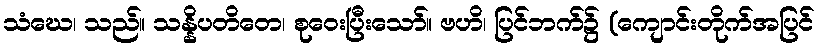
သံဃေ၊ သည်။ သန္နိပတိတေ၊ စုဝေးပြီးသော်။ ဗဟိ၊ ပြင်ဘက်၌ (ကျောင်းတိုက်အပြင်